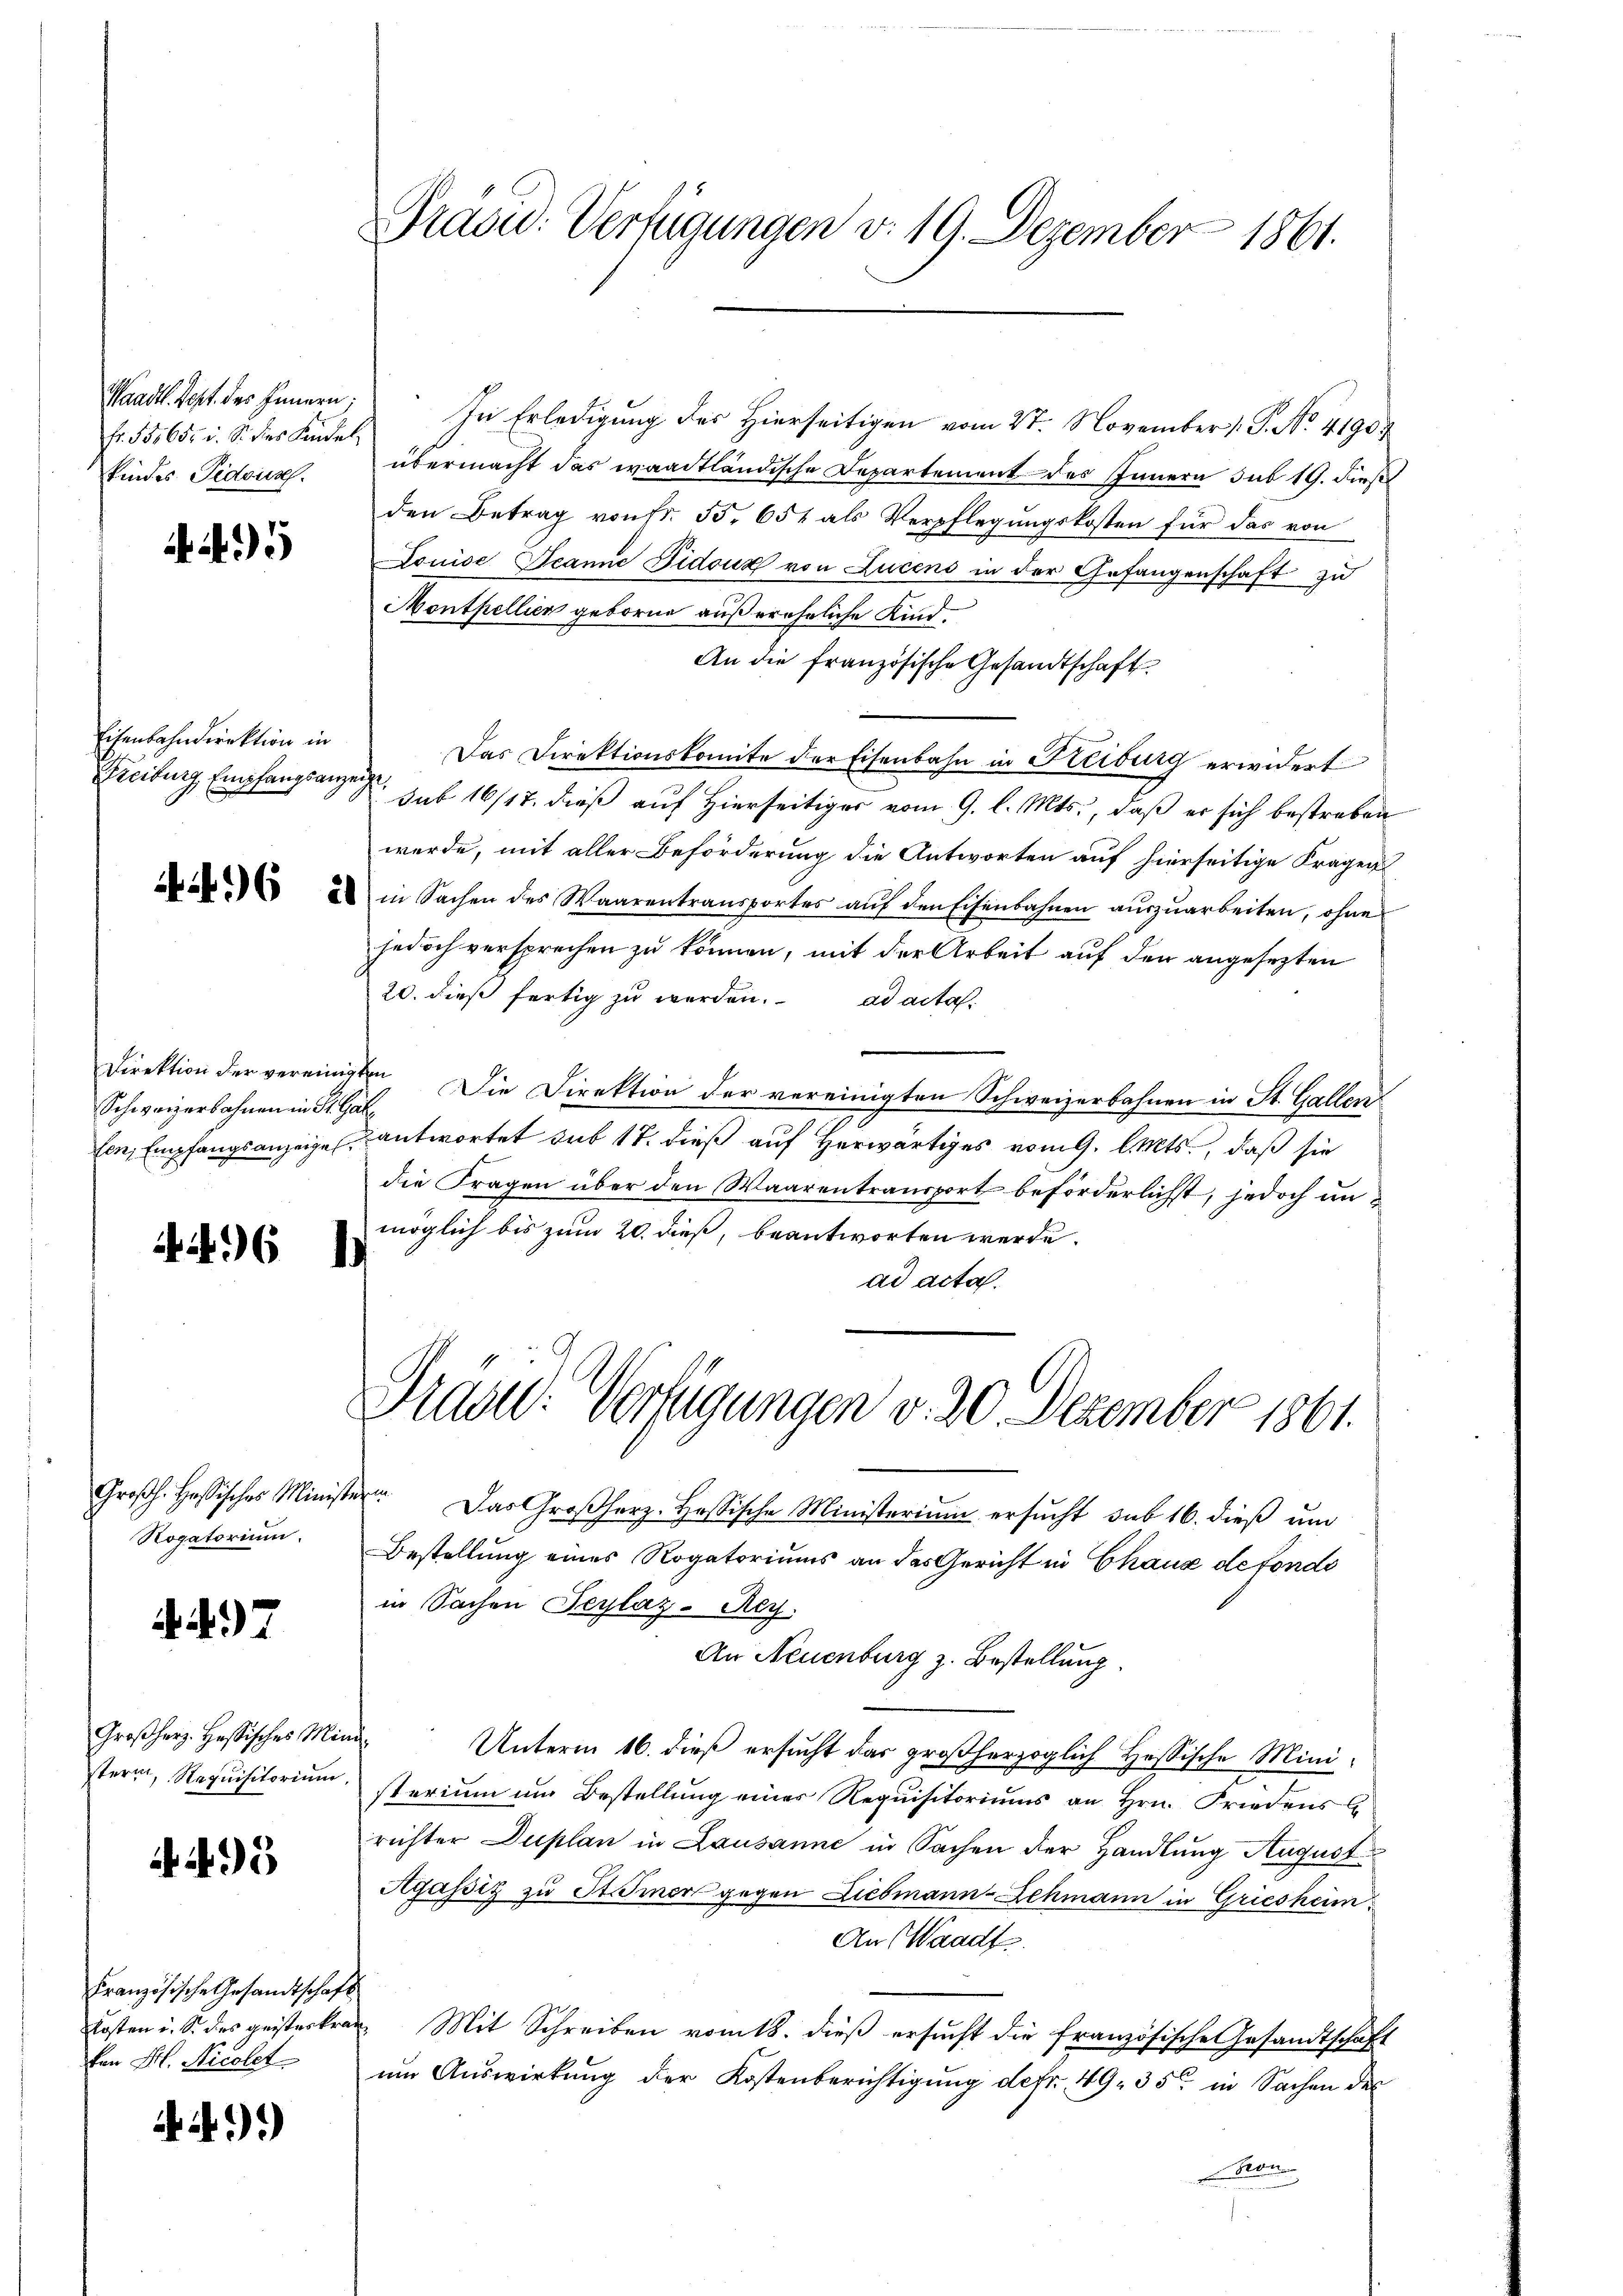
Fr. 555655 u. S. dies Sandel
kindes Tedous.

5

Eisenbahndirektion in

Schweizerbahnen in St. Gall

496

Großh. Hassisches Ministe
Rogatorium.

7

Großherz. Hessisches Minstern, Requisitorium,

45

Französische Gesandtschaft
Kosten u. S. des geisteskraven St. Nicolet

A.).

Waadt Rest des Innern; In Erledigung des Hierseitigen vom 27. November 1. P. No. 41907
übermacht das waadtländische Departement des Innern sub 19. dies
den Betrag von Fr. 55. 654 als Verpflegungskosten für das von
Louise Jeanne Pidouz von Lucens in der Gefangenschaft zu
Monthellien geborne außereheliche Kind¬
An die französische Gesandtschaft
Das Direktionskomite der Eisenbahn in Reiburg erwidert
Freiburg, Empfangsangen sub 16/17. dieß auf Hierseitiger vom 9. l. Mts., daß er sich bestreben
werde, mit aller Beförderung die Antworten auf hierseitige Fragen
  in Sachen des Waarentransportes aŭf den Eisenbahnen aŭszŭarbeiten, ohne
jedoch versprechen zu können, mit der Arbeit auf den angesezten
20. dieß fertig zu werden. ad acta
e
Direktion der vereinigten Die Direktion der vereinigten Schweizerbahnen in St. Gallen
fen, Empfangsanzeige antwortet sub 17. dieß auf herwärtiges vom 9. l. Mts., daß sie
die Fragen über den Waarentransport beförderlichst, jedoch unmöglich bis zum 20. dieß, beantworten werde.
)
ad acta.

Präsid. Verfügungen v. 19. Dezember 1861.

Präsid. Verfügungen v. 20 Dezember 1861.

ter. Das Großherz- Hassische Ministerium ersucht sub 16. dieß um
Bestellung eines Rogatoriums an das Gericht in Chaux de fondo
in Sachen Teylaz-Rey.
An Neuenburg z. Bestellung.
e
Unterm 16. dieß ersucht das großherzoglich Hössische Ministerium im Bestellung eines Requisitoriums an Hrn. Friedens
richter Duplan in Lausanne in Sachen der Handlung August
Agassiz zu Strömer gegen Liebmann-Lehmann in Griesheim
An Waadt
Mit Schreiben vom 18. dieß ersucht die französische Gesandtschaft
um Auswirkung der Kostenberichtigung defr. 49. 35 in Sachen des
Bron